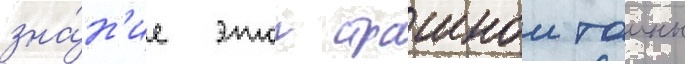
зна́н'ие этои страшнои таины